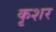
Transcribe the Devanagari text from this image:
कृशर